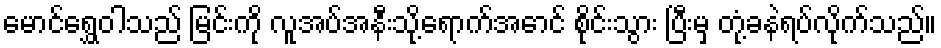
မောင်ရွှေဝါသည် မြင်းကို လူအပ်အနီးသို့ရောက်အောင် စိုင်းသွား ပြီးမှ တုံ့ခနဲရပ်လိုက်သည်။